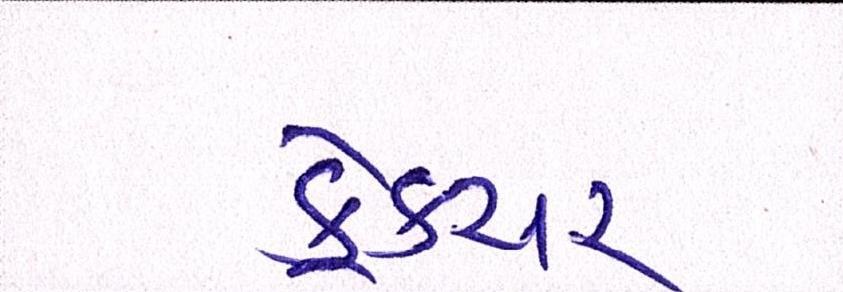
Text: ફ્રેક્ચર